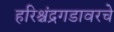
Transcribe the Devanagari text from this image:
हरिश्चंद्रगडावरचे